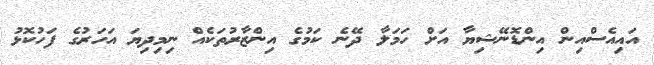
އައިއެސްއިން އިންޑޮނޭޝިޔާ އަށް ހަމަލާ ދޭނެ ކަމުގެ އިންޒާރުތަކެއް ނިމިދިޔަ އަހަރުގެ ފަހުކޮޅު